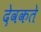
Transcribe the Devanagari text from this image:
देवकते